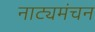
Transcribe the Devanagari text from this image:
नाट्यमंचन